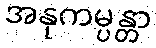
အနုကမ္ပန္တာ